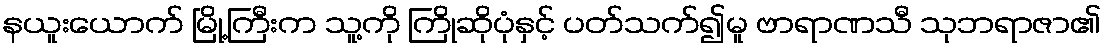
နယူးယောက် မြို့ကြီးက သူ့ကို ကြိုဆိုပုံနှင့် ပတ်သက်၍မူ ဗာရာဏသီ သုဘရာဇာ၏